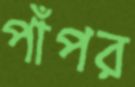
পাঁপর